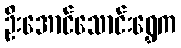
ဦးအောင်သောင်းရွှေက